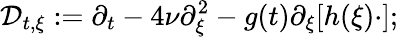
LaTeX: \mathcal{D}_{t,\xi}:=\partial_{t}-4\nu\partial_{\xi}^{2}-g(t)\partial_{\xi}[h(\xi)\cdot];